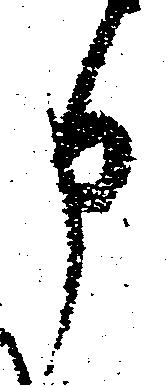
申